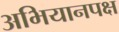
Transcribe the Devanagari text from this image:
अभियानपक्ष